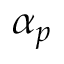
\alpha _ { p }